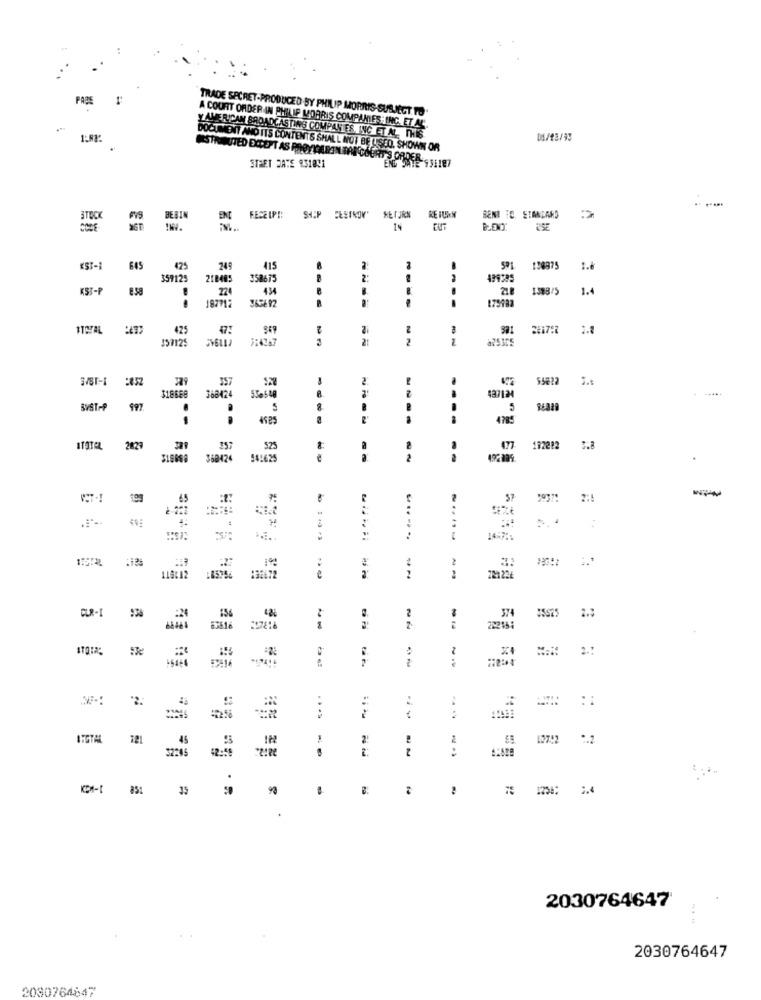
PAPE
TRADE SECRET-PRODUCED BY PHILIP MORRIS-SUBJECT TO.
A COURT ORDER IN PHILIP MORRIS COMPANIES: ING. ET AL.
1-83
Y AMERICAN BROADCASTING COMPANIES INC ET AL. THIS
DOCUMENT AND ITS CONTENTS SHALL NOT BE USED. SHOWN OR
MESTREUTED EXCEPT AS PROTICARON ERE COURTS ORDER- - 5:187
STRET DATE 231041
STOCK
FVS
BESIN
FESZIPR SHOP ELETROY'
RETURN
RE FURN
BENI TO. STANDARD
14
KST-
645
425
249
415
128875
1.6
359125
218405
358675
499395
KST-P
esa
224
434
B.
218
1388/5
1.4
187712
179982
1TOTAL :
425
2
201792
2.8
157125
2:
2
8253C5
329
357
2
55822
2
318688
368424
SYST-P
997
4525
4 78€
2829
329
525
077
192282
368476
2
--
57
2937:
..
2
221226
154
2
374
35625
CUR-I
222184
2.1
--
....
2.
....
....
..
ITGTAL
45
2.
-
32245
.
.
2030764647
2030764647
2080764847